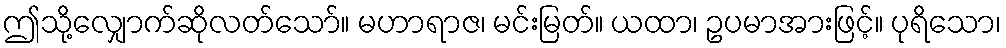
ဤသို့လျှောက်ဆိုလတ်သော်။ မဟာရာဇ၊ မင်းမြတ်။ ယထာ၊ ဥပမာအားဖြင့်။ ပုရိသော၊